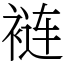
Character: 裢